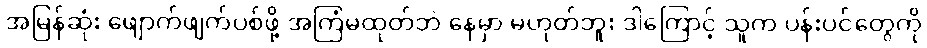
အမြန်ဆုံး ဖျောက်ဖျက်ပစ်ဖို့ အကြံမထုတ်ဘဲ နေမှာ မဟုတ်ဘူး ဒါကြောင့် သူက ပန်းပင်တွေကို